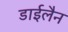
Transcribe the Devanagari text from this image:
डाईलैन